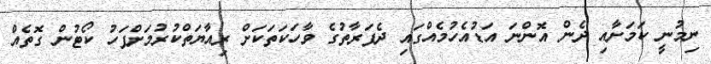
ނިމުނީ ކަމަށާއި ދެން އޮންނަ އަޑުއެހުމެއްގައި ދެފަރާތުގެ ވާހަކަތަކަށް ރިއާޔަތްކުރުމަށްފަހު ކޯޓުން ގޮތެއް